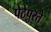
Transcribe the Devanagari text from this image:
पेठेपुरते